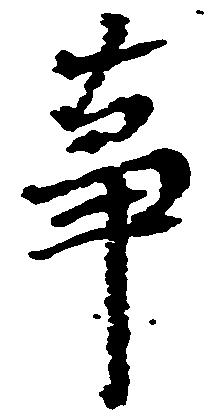
事